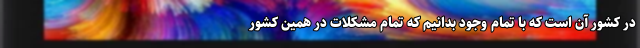
در کشور آن است که با تمام وجود بدانیم که تمام مشکلات در همین کشور